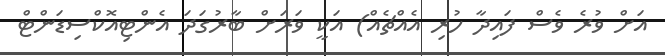
އަށް ވުރެ ވެސް ފައިދާ ހުރި އެއްޗެއް) އަކީ ވަރަށް ބާރުގަދަ އެންޓިއޮކްސިޑަންޓް